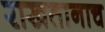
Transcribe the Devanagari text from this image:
राखतानाच